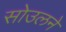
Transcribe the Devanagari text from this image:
सोउलने